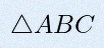
\triangle ABC